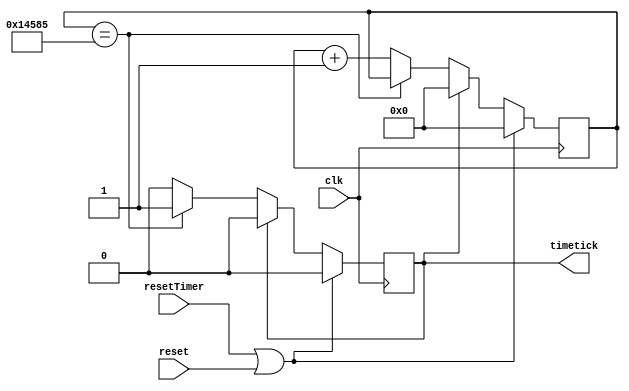
module uart_timer(timetick,resetTimer,clk,reset);
output timetick;
input resetTimer,clk,reset;

reg timetick;
reg[20:0] count;

always @(posedge clk)
begin
	if(resetTimer || reset)begin count=0;timetick=0; end
	else if(timetick)
		begin 
			timetick=0;
			count = 0;
		end
	else if(count==83333)timetick=1;
	else count=count+1;
end

endmodule